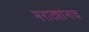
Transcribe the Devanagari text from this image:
मराठ्यांनाच